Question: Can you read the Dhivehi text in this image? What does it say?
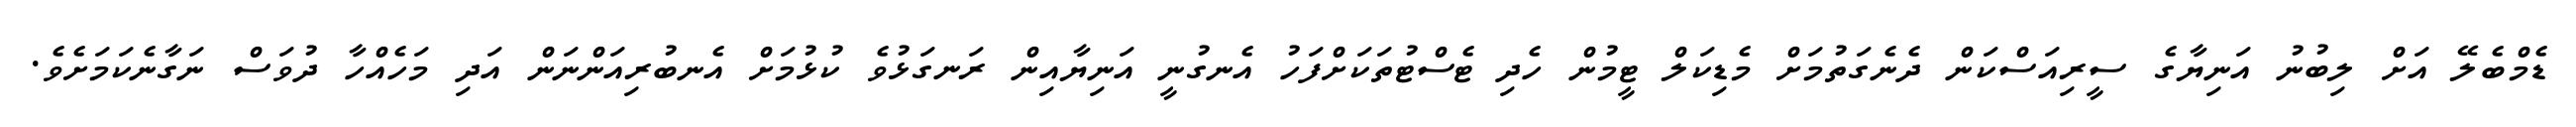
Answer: ޑެމްބެލޭ އަށް ލިބުނު އަނިޔާގެ ސީރިއަސްކަން ދެނެގަތުމަށް މެޑިކަލް ޓީމުން ހެދި ޓެސްޓުތަކަށްފަހު އެނގުނީ އަނިޔާއިން ރަނގަޅުވެ ކުޅުމަށް އެނބުރިއަންނަން އަދި މަހެއްހާ ދުވަސް ނަގާނެކަމަށެވެ.